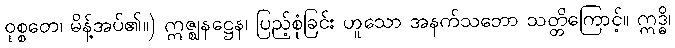
ဝုစ္စတေ၊ မိန့်အပ်၏။) ဣဇ္ဈနဋ္ဌေန၊ ပြည့်စုံခြင်း ဟူသော အနက်သဘော သတ္တိကြောင့်။ ဣဒ္ဓိ၊